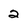
Character: 2